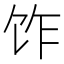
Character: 𫗢